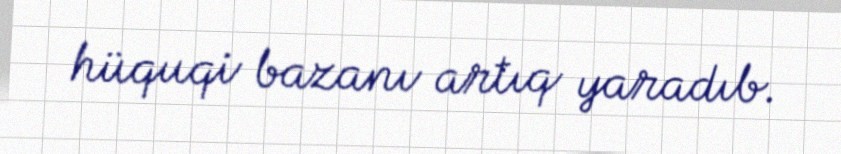
hüquqi bazanı artıq yaradıb.